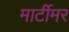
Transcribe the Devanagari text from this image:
मार्टीमर